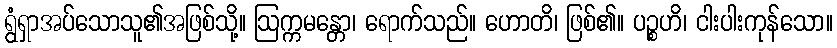
ရွံရှာအပ်သောသူ၏အဖြစ်သို့။ ဩက္ကမန္တော၊ ရောက်သည်။ ဟောတိ၊ ဖြစ်၏။ ပဉ္စဟိ၊ ငါးပါးကုန်သော။